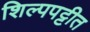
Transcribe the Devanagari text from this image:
शिल्पपट्टीत